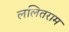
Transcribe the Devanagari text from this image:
ललितराम